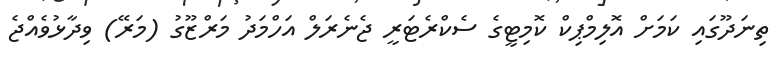
ތިނަދޫގައި ކަމަށް އޮލިމްޕިކް ކޮމިޓީގެ ސެކްރެޓަރީ ޖެނެރަލް އަހްމަދު މަރްޒޫގު (މަރޭ) ވިދާޅުވެއްޖެ